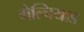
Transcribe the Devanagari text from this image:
मेल्चियाड